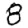
Digit: 8